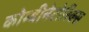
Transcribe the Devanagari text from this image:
कोम्बीनेटोरिक्स